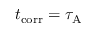
t _ { \mathrm { c o r r } } = \tau _ { \mathrm { A } }